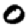
Digit: 0